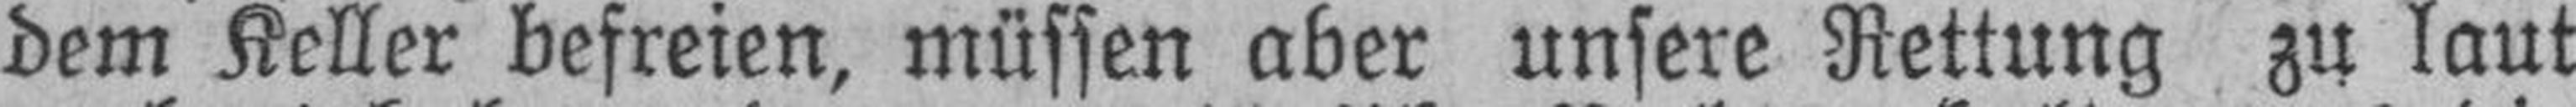
dem Keller befreien, müssen aber unsere Rettung zu laut